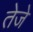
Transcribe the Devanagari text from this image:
तेजे